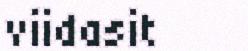
viidasit